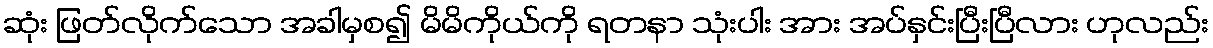
ဆုံး ဖြတ်လိုက်သော အခါမှစ၍ မိမိကိုယ်ကို ရတနာ သုံးပါး အား အပ်နှင်းပြီးပြီလား ဟုလည်း